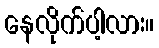
နေလိုက်ပါ့လား။